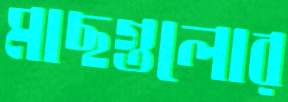
মাছগুলোর